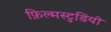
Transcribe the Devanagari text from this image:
फ़िल्मस्टुडियो